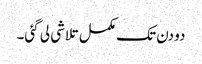
دو دن تک مکمل تلاشی لی گئی۔